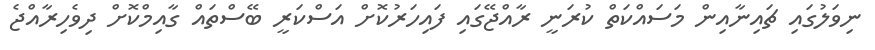
ނިވަލުގައި ޗައިނާއިން މަސައްކަތް ކުރަނީ ރާއްޖޭގައި ފައިހަރުކޮށް އަސްކަރީ ބޭސްތައް ގާއިމްކޮށް ދިވެހިރާއްޖެ